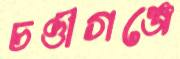
চণ্ডীগঞ্জে